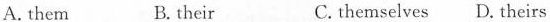
A. them B. their C. themselves D. Theirs